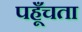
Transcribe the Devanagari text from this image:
पहूँचता